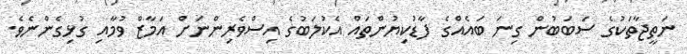
ނަތީޖާތަކުގެ ސަބަބުން ގިނަ ބައެއްގެ ފާޑުކިޔުންތައް އެކުލަބުގެ އިސްވެރިންނަށް އަމާޒް ވުމާއި ގުޅިގެންނެވެ.